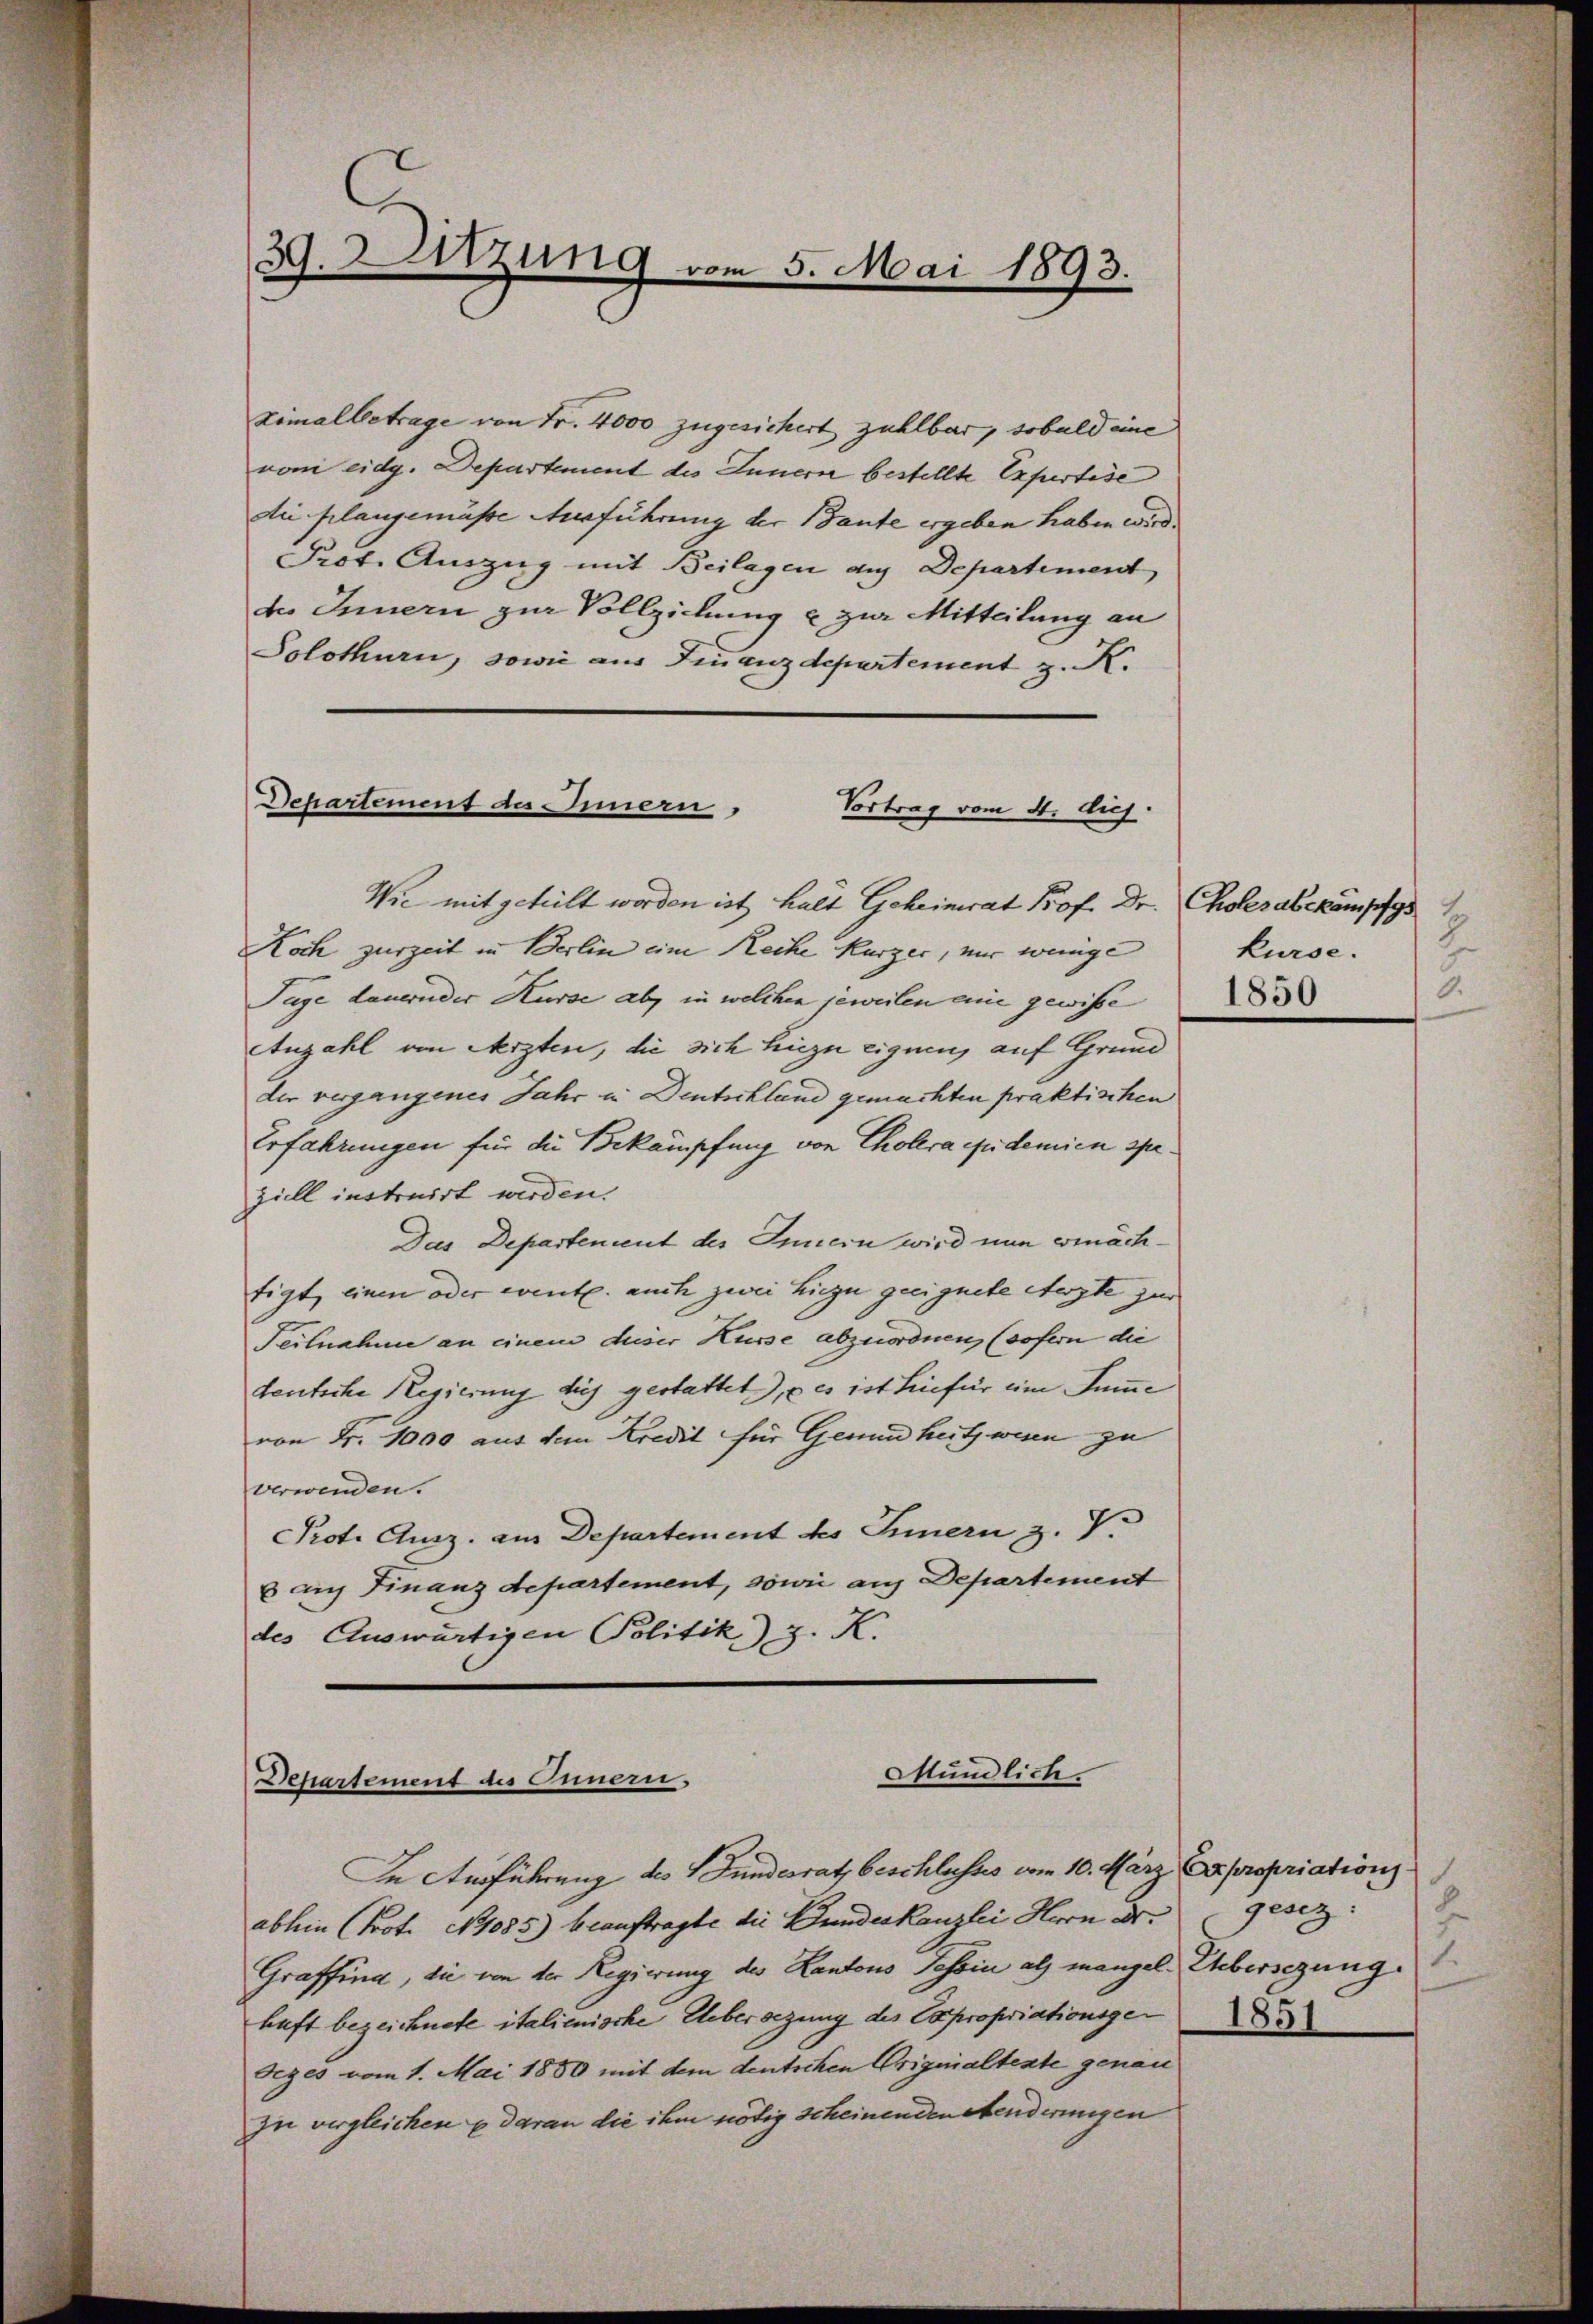
39. Sitzung vom 5. Mai 1893.

Zimalbetrage von Fr. 4000 zugesichert zahlbar, sobald eine
vom eidg. Departement des Innern bestellte Erfurtise
die plangemüsse Ausführung der Baute ergeben haben wird.
Prot. Auszug mit Beilagen die Departement
des Innern zur Vollziehung u zur Mitteilung an
Solothurn, sowie aus Finanzdepartement z. K.

Dchartement des Innern,
Vortrag vom 4. huj.

Wie mitgeteilt worden ist, halt Geheinerat Prof. Dr. Cholesabekämpfg
Koch zurzeit in Berlin eine Reihe kurzer, nur wenige
Tage dauernder Kurse ab, in welchen jeweilen eine gewisse
Anzahl von Aerzten, die sich hiezu eignen, auf Grund
der vergangenes Jahr in Deutschland gemachten praktischen
Erfahrungen für die Bekämpfung von Cholera epidemien speziell instruirt werden.
Das Departement des Innern wird nun ermächtigt, einen oder evente. auch zwei hiezu geeignete Aegte zur
Teilnahme an einem dieser Kusse abzuordnen, (sofern die
teutsche Regierung dies gestattet, u es ist hiefür ein Summe
von Fr. 1000 aus dem Kredit für Gesundheits wegen zu
verwenden.
Prot. Ausz. aus Departement des Innern z. V.
8 auf Finanzdepartement, sowie aus Departement
des Auswärtigen Politik) z. K.

Stündliche.
Departement des Inner

In Ausführung des Bundesrath beschlusses vom 10. März Expropriation
ablein (Prot. N 1085) beauftragte die Bundeskanzlei Herrn Dr.
Graffind, die von der Regierung des Kantons Tessin als mangel. Uebersezung
haft bezeichnete italienische Uebersezung des Expropriationsge
Seges vom 1. Mai 1880 mit dem deutschen Originalteste genau
zu vergleichen daran die ihm nötig scheinenden Aenderungen

kurse.
.
1850

h
gesez
1.